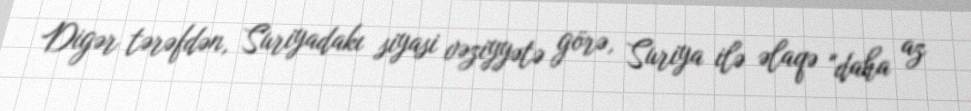
Digər tərəfdən, Suriyadakı siyasi vəziyyətə görə, Suriya ilə əlaqə "daha az